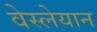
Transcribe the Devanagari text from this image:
वेस्लेयान